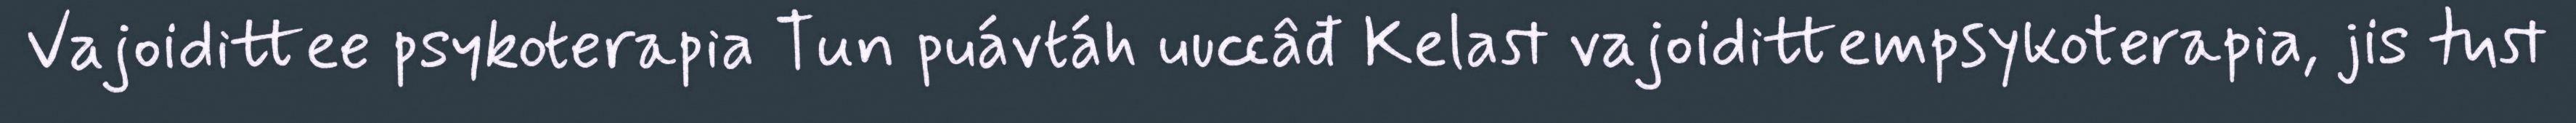
Vajoidittee psykoterapia Tun puávtáh uuccâđ Kelast vajoidittempsykoterapia, jis tust